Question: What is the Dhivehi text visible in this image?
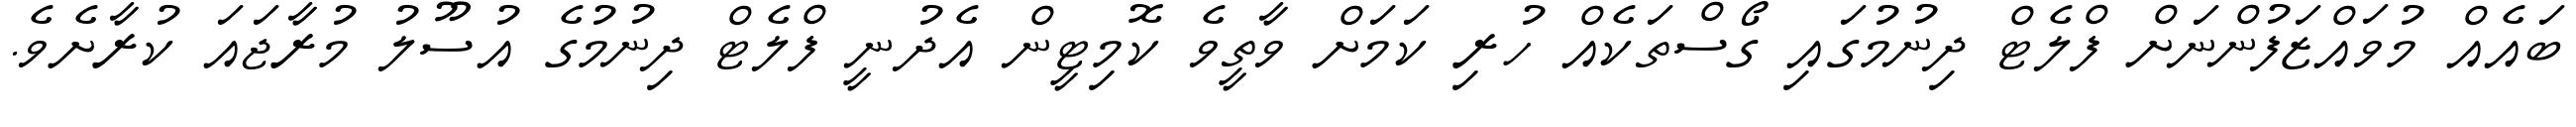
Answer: ބައެއް މުވައްޒަފުންނަށް ފްލެޓް ދިނުމުގައި ގޯސްތަކެއް ހުރި ކަމަށް ވާތީވެ ކޮމިޓީން އެދުނީ ފްލެޓް ދިނުމުގެ އުސޫލު މުރާޖައަ ކުރާށެވެ.